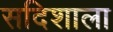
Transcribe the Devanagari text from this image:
सदिशाला